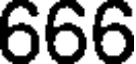
666